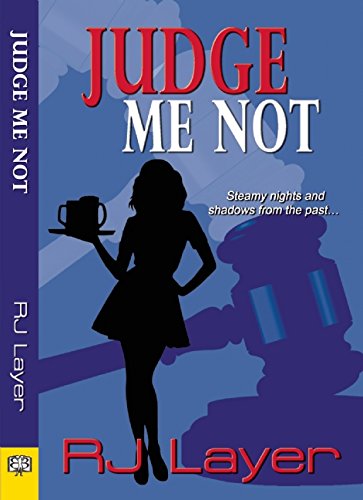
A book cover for Judge Me Not; RJ Layer; Romance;